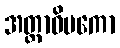
အတ္တာဓိပကော